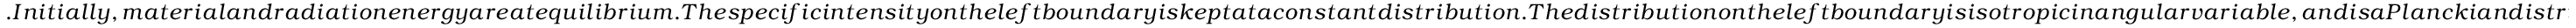
. I n i t i a l l y , m a t e r i a l a n d r a d i a t i o n e n e r g y a r e a t e q u i l i b r i u m . T h e s p e c i f i c i n t e n s i t y o n t h e l e f t b o u n d a r y i s k e p t a t a c o n s t a n t d i s t r i b u t i o n . T h e d i s t r i b u t i o n o n t h e l e f t b o u n d a r y i s i s o t r o p i c i n a n g u l a r v a r i a b l e , a n d i s a P l a n c k i a n d i s t r i b u t i o n a s s o c i a t e d w i t h a t e m p e r a t u r e o f